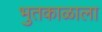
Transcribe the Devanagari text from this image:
भुतकाळाला